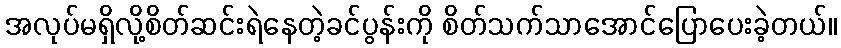
အလုပ်မရှိလို့စိတ်ဆင်းရဲနေတဲ့ခင်ပွန်းကို စိတ်သက်သာအောင်ပြောပေးခဲ့တယ်။